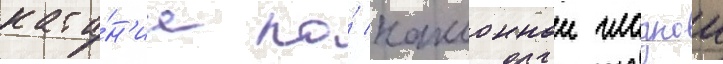
ката́н'ие по́ наклоннои гладкои